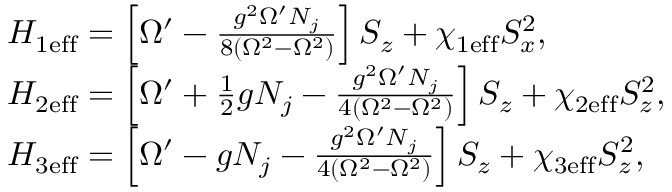
\begin{array} { r l } & { H _ { \mathrm { 1 e f f } } = \left[ \Omega ^ { \prime } - \frac { g ^ { 2 } \Omega ^ { \prime } N _ { j } } { 8 ( \Omega ^ { 2 } - \Omega ^ { 2 } ) } \right] S _ { z } + \chi _ { \mathrm { 1 e f f } } S _ { x } ^ { 2 } , } \\ & { H _ { \mathrm { 2 e f f } } = \left[ \Omega ^ { \prime } + \frac { 1 } { 2 } g N _ { j } - \frac { g ^ { 2 } \Omega ^ { \prime } N _ { j } } { 4 ( \Omega ^ { 2 } - \Omega ^ { 2 } ) } \right] S _ { z } + \chi _ { \mathrm { 2 e f f } } S _ { z } ^ { 2 } , } \\ & { H _ { \mathrm { 3 e f f } } = \left[ \Omega ^ { \prime } - g N _ { j } - \frac { g ^ { 2 } \Omega ^ { \prime } N _ { j } } { 4 ( \Omega ^ { 2 } - \Omega ^ { 2 } ) } \right] S _ { z } + \chi _ { \mathrm { 3 e f f } } S _ { z } ^ { 2 } , } \end{array}